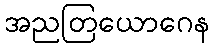
အညတြယောဂေန